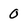
Character: 0